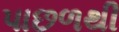
પાછળથી